Insane asylums in Bengal annual reports 1876-1887 - 1876-1887
Year: 1876
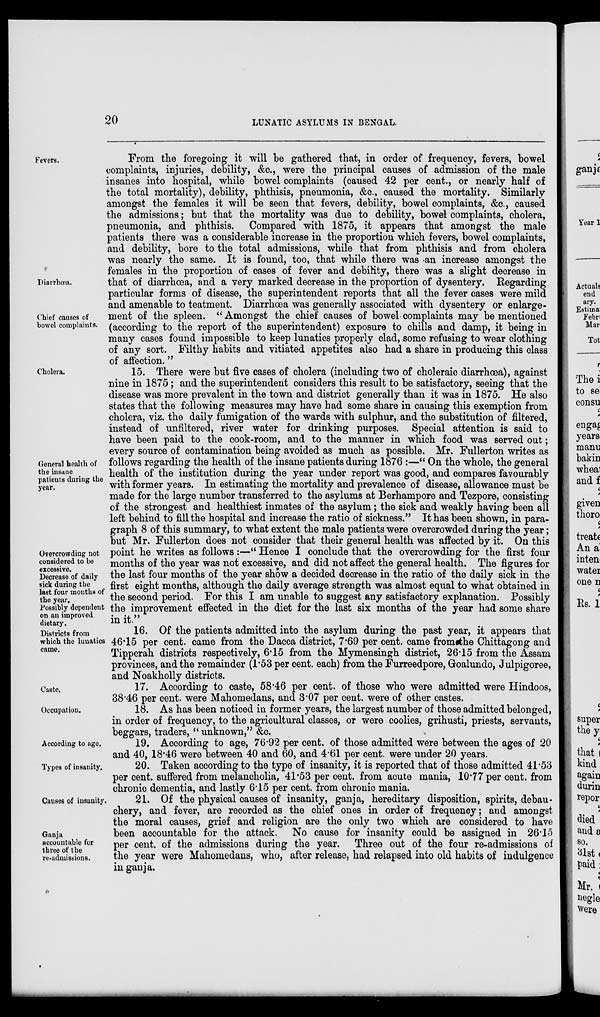
20
LUNATIC ASYLUMS IN BENGAL.
Fevers.
Diarrhœa.
Chief causes of
bowel complaints.
From the foregoing it will be gathered that, in order of frequency, fevers, bowel
complaints, injuries, debility, &c., were the principal causes of admission of the male
insanes into hospital, while bowel complaints (caused 42 per cent., or nearly half of
the total mortality), debility, phthisis, pneumonia, &c., caused the mortality. Similarly
amongst the females it will be seen that fevers, debility, bowel complaints, &c., caused
the admissions; but that the mortality was due to debility, bowel complaints, cholera,
pneumonia, and phthisis. Compared with 1875, it appears that amongst the male
patients there was a considerable increase in the proportion which fevers, bowel complaints,
and debility, bore to the total admissions, while that from phthisis and from cholera
was nearly the same. It is found, too, that while there was an increase amongst the
females in the proportion of cases of fever and debility, there was a slight decrease in
that of diarrhœa, and a very marked decrease in the proportion of dysentery. Regarding
particular forms of disease, the superintendent reports that all the fever cases were mild
and amenable to teatment. Diarrhœa was generally associated with dysentery or enlarge-
ment of the spleen. “Amongst the chief causes of bowel complaints may be mentioned
(according to the report of the superintendent) exposure to chills and damp, it being in
many cases found impossible to keep lunatics properly clad, some refusing to wear clothing
of any sort. Filthy habits and vitiated appetites also had a share in producing this class
of affection.”
Cholera.
General health of
the insane
patients during the
year.
Overcrowding not
considered to be
excessive.
Decrease of daily
sick during the
last four months of
the year.
Possibly dependent
on an improved
dietary.
15. There were but five cases of cholera (including two of choleraic diarrhœa), against
nine in 1875; and the superintendent considers this result to be satisfactory, seeing that the
disease was more prevalent in the town and district generally than it was in 1875. He also
states that the following measures may have had some share in causing this exemption from
cholera, viz. the daily fumigation of the wards with sulphur, and the substitution of filtered,
instead of unfiltered, river water for drinking purposes. Special attention is said to
have been paid to the cook-room, and to the manner in which food was served out;
every source of contamination being avoided as much as possible. Mr. Fullerton writes as
follows regarding the health of the insane patients during 1876 :—“ On the whole, the general
health of the institution during the year under report was good, and compares favourably
with former years. In estimating the mortality and prevalence of disease, allowance must be
made for the large number transferred to the asylums at Berhampore and Tezpore, consisting
of the strongest and healthiest inmates of the asylum; the sick and weakly having been all
left behind to fill the hospital and increase the ratio of sickness.” It has been shown, in para-
graph 8 of this summary, to what extent the male patients were overcrowded during the year;
but Mr. Fullerton does not consider that their general health was affected by it. On this
point he writes as follows :—“ Hence I conclude that the overcrowding for the first four
months of the year was not excessive, and did not affect the general health. The figures for
the last four months of the year show a decided decrease in the ratio of the daily sick in the
first eight months, although the daily average strength was almost equal to what obtained in
the second period. For this I am unable to suggest any satisfactory explanation. Possibly
the improvement effected in the diet for the last six months of the year had some share
in it.”
Districts from
which the lunatics
came.
16. Of the patients admitted into the asylum during the past year, it appears that
46.15 per cent. came from the Dacca district, 7.69 per cent. came from the Chittagong and
Tipperah districts respectively, 6.15 from the Mymensingh district, 26.15 from the Assam
provinces, and the remainder (1.53 per cent. each) from the Furreedpore, Goalundo, Julpigoree,
and Noakholly districts.
Caste.
17. According to caste, 58.46 per cent. of those who were admitted were Hindoos,
38.46 per cent. were Mahomedans, and 3.07 per cent. were of other castes.
Occupation.
18. As has been noticed in former years, the largest number of those admitted belonged,
in order of frequency, to the agricultural classes, or were coolies, grihusti, priests, servants,
beggars, traders, “ unknown,” &c.
According to age.
19. According to age, 76.92 per cent. of those admitted were between the ages of 20
and 40, 18.46 were between 40 and 60, and 4.61 per cent. were under 20 years.
Types of insanity.
20. Taken according to the type of insanity, it is reported that of those admitted 41.53
per cent. suffered from melancholia, 41.53 per cent. from acute mania, 10.77 per cent. from
chronic dementia, and lastly 6.15 per cent. from chronic mania.
Causes of insanity.
Ganja
accountable for
three of the
re-admissions.
21. Of the physical causes of insanity, ganja, hereditary disposition, spirits, debau-
chery, and fever, are recorded as the chief ones in order of frequency; and amongst
the moral causes, grief and religion are the only two which are considered to have
been accountable for the attack. No cause for insanity could be assigned in 26.15
per cent. of the admissions during the year. Three out of the four re-admissions of
the year were Mahomedans, who, after release, had relapsed into old habits of indulgence
in ganja.